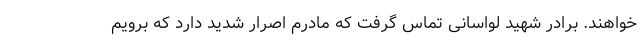
خواهند. برادر شهید لواسانی تماس گرفت که مادرم اصرار شدید دارد که برویم